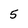
Character: 5